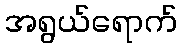
အရွယ်ရောက်